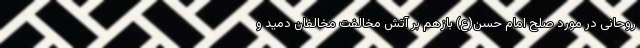
روحانی در مورد صلح امام حسن(ع) بازهم بر آتش مخالفت مخالفان دمید و